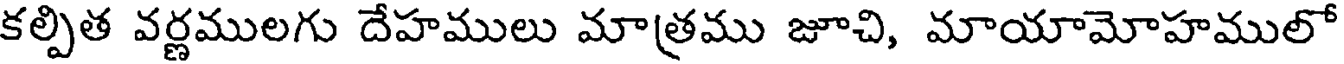
కల్పిత వర్ణములగు దేహములు మాత్రము జూచి, మాయామోహములో